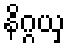
နိဂ္ဂယှ